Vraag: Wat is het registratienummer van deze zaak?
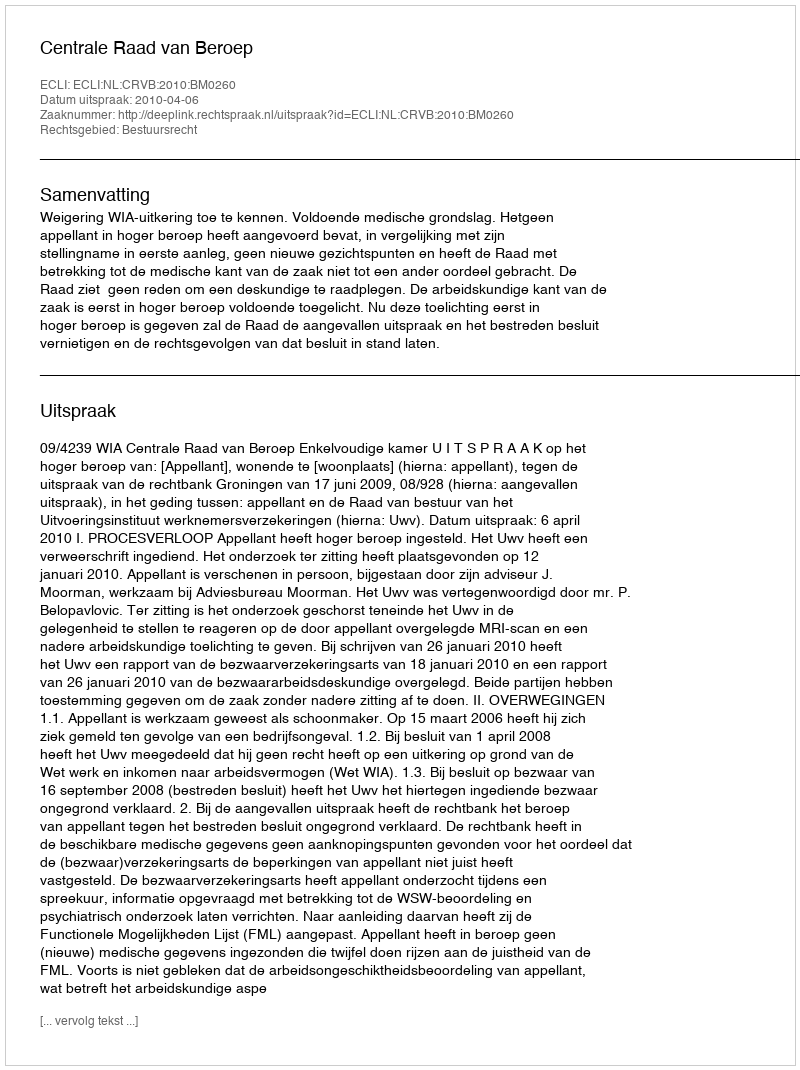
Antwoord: http://deeplink.rechtspraak.nl/uitspraak?id=ECLI:NL:CRVB:2010:BM0260